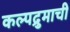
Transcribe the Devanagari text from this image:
कल्पद्रुमाची